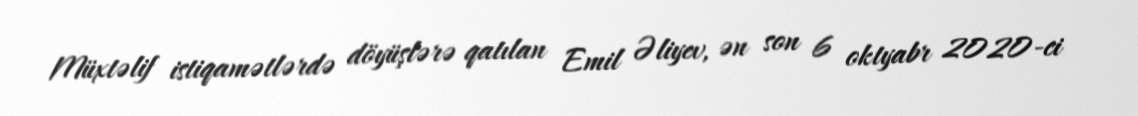
Müxtəlif istiqamətlərdə döyüşlərə qatılan Emil Əliyev, ən son 6 oktyabr 2020-ci